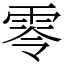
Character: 零